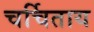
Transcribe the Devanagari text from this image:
चर्चिताय